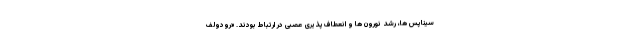
سیناپس‌ ها، رشد نورون‌ ها و انعطاف‌پذیری عصبی در ارتباط بودند. «رودولف